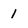
Character: 1